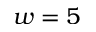
w = 5